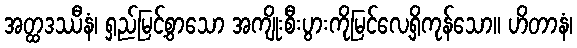
အတ္ထဒဿီနံ၊ ရှည်မြင့်စွာသော အကျိုးစီးပွားကိုမြင်လေ့ရှိကုန်သော။ ဟိတာနံ၊